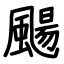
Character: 颺